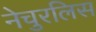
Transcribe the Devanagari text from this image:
नेचुरलिस